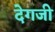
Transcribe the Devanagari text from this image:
देगजी